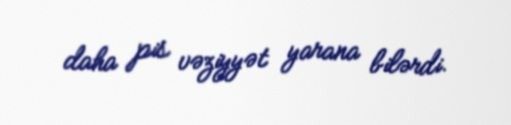
daha pis vəziyyət yarana bilərdi.